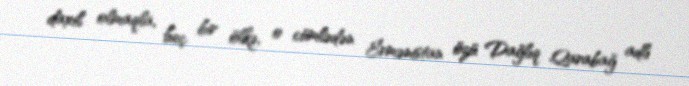
daxil olmaqla, heç bir ölkə, o cümlədən Ermənistan özü Dağlıq Qarabağ adlı